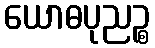
ယောဓပုညဉ္စ